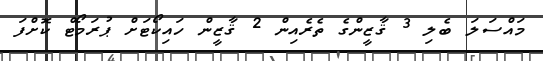
މައްސަލަ ބެލި 3 ޤާޒީންގެ ތެރެއިން 2 ޤާޒީން ހައިކޯޓަށް ޕުރަމޯޓް ކޮށްފަ